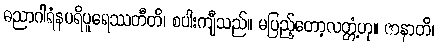
ဓညာဂါရံနပရိပူရေဿတီတိ၊ စပါးကျီသည်။ မပြည့်တော့လတ္တံ့ဟု။ ဇာနာတိ၊